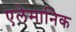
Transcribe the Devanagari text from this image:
एलेमानिक